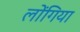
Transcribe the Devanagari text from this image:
लोंगिया